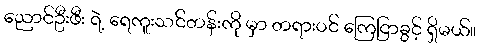
ညောင်ဦးဖီး ရဲ့ ရေကူးသင်တန်းကို မှာ တရားဝင် ကြေငြာခွင့် ရှိမယ်။